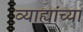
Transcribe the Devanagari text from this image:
व्याह्यांच्या